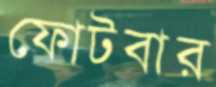
ফোটবার